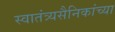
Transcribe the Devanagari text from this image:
स्वातंत्र्यसैनिकांच्या